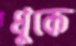
ধুকে